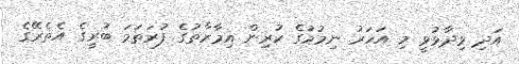
އަދި ވިދާޅުވީ މި އަހަރު ނިމުމުގެ ކުރިން އިމާރާތުގެ ފުރަތަމަ ބުރީގެ އެތެރޭގެ